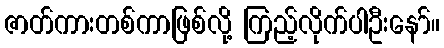
ဇာတ်ကားတစ်ကာဖြစ်လို့ ကြည့်လိုက်ပါဦးနော်။